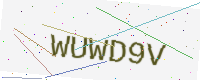
Text: WUWD9V